King Institute of Preventive Medicine Micro-Biological Section reports 1909-11
Year: 1909
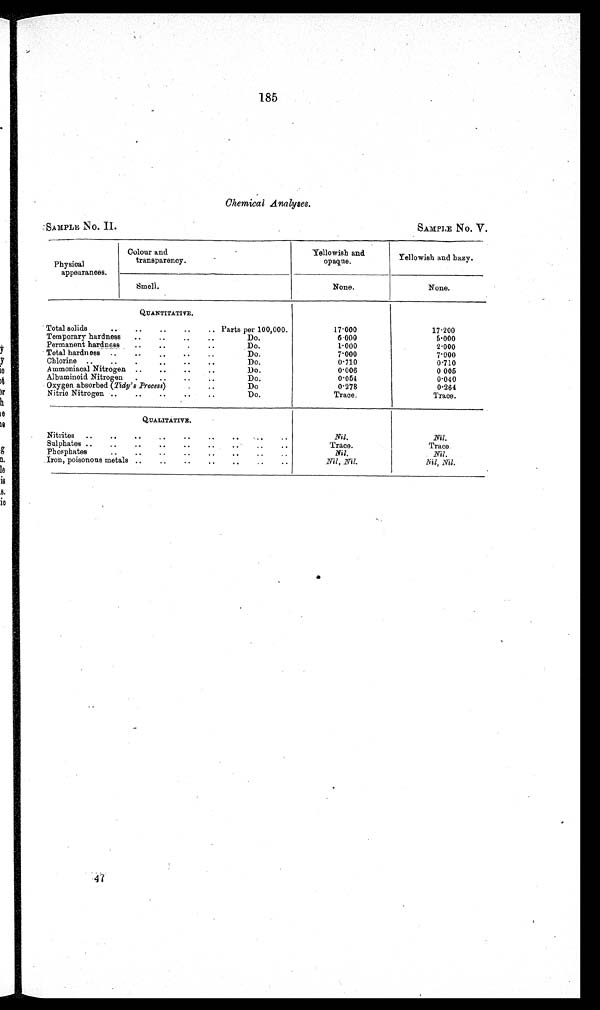
185
Chemical Analyses.
SAMPLE No. II.
SAMPLE No. V.
... —
Physical
appearances.
Colour and
•
transparency.
Yellowish and
opaque.
Yellowish and hazy.
Smell.
None.
None.
QUANTITATIVE.
Total solids
..
..
..
..
• .
Parts per 100,000.
17-000
17.200
Temporary hardness
..
..
.,
..
Do.
6.000
5000
Permanent hardness
..
...
. .
Do.
1-000
2.000
Total hardness ..
.„.
..
..
Do.
7'000
7.000
Chlorine ..
..
.
..
..
..
Do.
0.710
0.710
Ammoniacal Nitrogen ..
..
..
..
Albuminoid Nitrogen
.
..
..
..
Do.
Do.
0.006
0.054
0 005
0.040
Oxygen absorbed (Tidy's Process)..
0.278
0264
Nitric Nitrogen ..
..
..
..
..
Do.
Trace.
Trace.
QITALITATIVE.
Nitrites
..
—
..
..
..
..
,...
..
Nil.
Nil.
Sulphates ..
..
..
..
..
..
Trace.
Trace.
Phosphates
Nil.
Nil.
Iron, poisonous metals ..
..
..
..
..
..
..
Nil, Nil.
Nil, Nil.
47